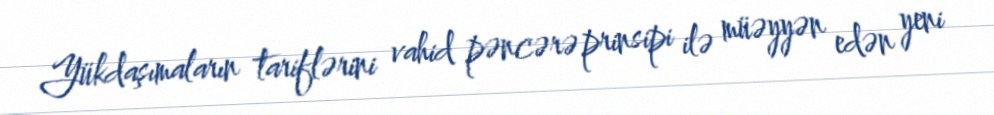
Yükdaşımaların tariflərini vahid pəncərə prinsipi ilə müəyyən edən yeni